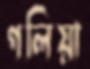
গলিয়া